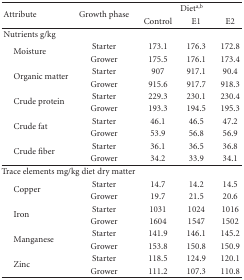
<table><thead><tr><td rowspan="2"><b>Attribute</b></td><td rowspan="2"><b>Growth phase</b></td><td colspan="3"><b>Diet<sup>a,b</sup></b></td></tr><tr><td><b>Control</b></td><td><b>E1</b></td><td><b>E2</b></td></tr></thead><tbody><tr><td>Nutrients g/kg</td><td></td><td></td><td></td><td></td></tr><tr><td rowspan="2"> Moisture</td><td>Starter</td><td>173.1</td><td>176.3</td><td>172.8</td></tr><tr><td>Grower</td><td>175.5</td><td>176.1</td><td>173.4</td></tr><tr><td rowspan="2"> Organic matter</td><td>Starter</td><td>907</td><td>917.1</td><td>90.4</td></tr><tr><td>Grower</td><td>915.6</td><td>917.7</td><td>918.3</td></tr><tr><td rowspan="2"> Crude protein</td><td>Starter</td><td>229.3</td><td>230.1</td><td>230.4</td></tr><tr><td>Grower</td><td>193.3</td><td>194.5</td><td>195.3</td></tr><tr><td rowspan="2"> Crude fat</td><td>Starter</td><td>46.1</td><td>46.5</td><td>47.2</td></tr><tr><td>Grower</td><td>53.9</td><td>56.8</td><td>56.9</td></tr><tr><td rowspan="2"> Crude fiber</td><td>Starter</td><td>36.1</td><td>36.5</td><td>36.8</td></tr><tr><td>Grower</td><td>34.2</td><td>33.9</td><td>34.1</td></tr><tr><td>Trace elements mg/kg diet dry matter</td><td></td><td></td><td></td><td></td></tr><tr><td rowspan="2"> Copper</td><td>Starter</td><td>14.7</td><td>14.2</td><td>14.5</td></tr><tr><td>Grower</td><td>19.7</td><td>21.5</td><td>20.6</td></tr><tr><td rowspan="2"> Iron</td><td>Starter</td><td>1031</td><td>1024</td><td>1016</td></tr><tr><td>Grower</td><td>1604</td><td>1547</td><td>1502</td></tr><tr><td rowspan="2"> Manganese</td><td>Starter</td><td>141.9</td><td>146.1</td><td>145.2</td></tr><tr><td>Grower</td><td>153.8</td><td>150.8</td><td>150.9</td></tr><tr><td rowspan="2"> Zinc</td><td>Starter</td><td>118.5</td><td>124.9</td><td>120.1</td></tr><tr><td>Grower</td><td>111.2</td><td>107.3</td><td>110.8</td></tr></tbody></table>